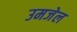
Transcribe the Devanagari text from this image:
उमजेल